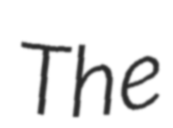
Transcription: The